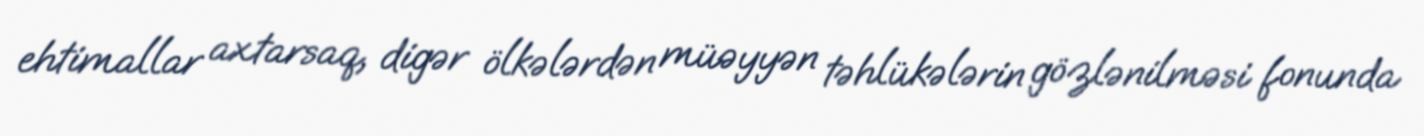
ehtimallar axtarsaq, digər ölkələrdən müəyyən təhlükələrin gözlənilməsi fonunda